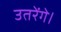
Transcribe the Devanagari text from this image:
उतरेंगे।